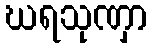
ဃရသုဏှာ